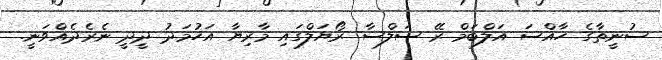
ސުނީތާގެ ހާއްސަ އަލްބަމް ރޭ ސަލްސާ ރޯޔަލްގައި މާރިޔާ އަހުމަދު ދީދީ ނެރެދެއްވަނީ.